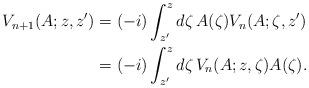
LaTeX: \begin{align*}V_{n+1}(A;z,z')&=(-i)\int_{z'}^z d\zeta \,A(\zeta) V_n(A;\zeta,z') \\&=(-i)\int_{z'}^z d\zeta \,V_n(A;z,\zeta)A(\zeta) . \end{align*}